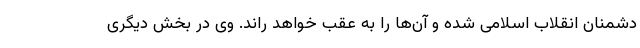
دشمنان انقلاب اسلامی شده و آن‌ها را به عقب خواهد راند. وی در بخش دیگری